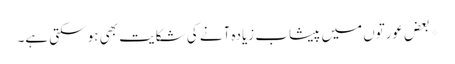
*بعض عورتوں میں پیشاب زیادہ آنے کی شکایت بھی ہو سکتی ہے۔